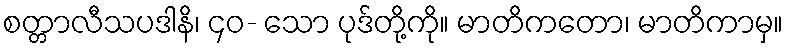
စတ္တာလီသပဒါနိ၊ ၄၀- သော ပုဒ်တို့ကို။ မာတိကတော၊ မာတိကာမှ။